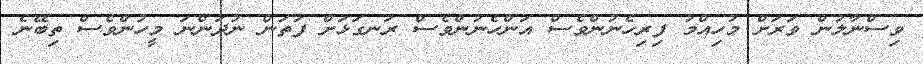
ވިސްނާލުން ވަރަށް މުހިއްމު ފިރިހެނުންވެސް އަންހެނުންވެސް ރަނގަޅަށް ފަތަން ނުދަންނަ މީހުންވެސް ތިބޭނެ